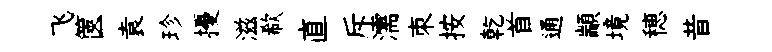
飞篋袁珍擾滋欷直斥濡朿按乾首通顓境穂昔